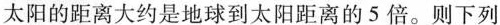
太阳的距离大约是地球到太阳距离的5倍。则下列